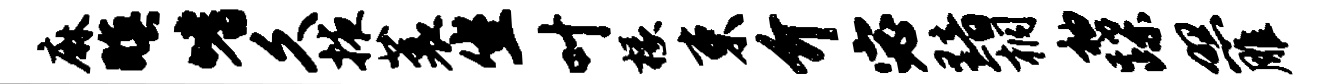
麻暝嗜久掖蓑坐叶椽束介宓黯桐袖蹀照雕